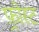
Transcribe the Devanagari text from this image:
फ़्रोस्ट